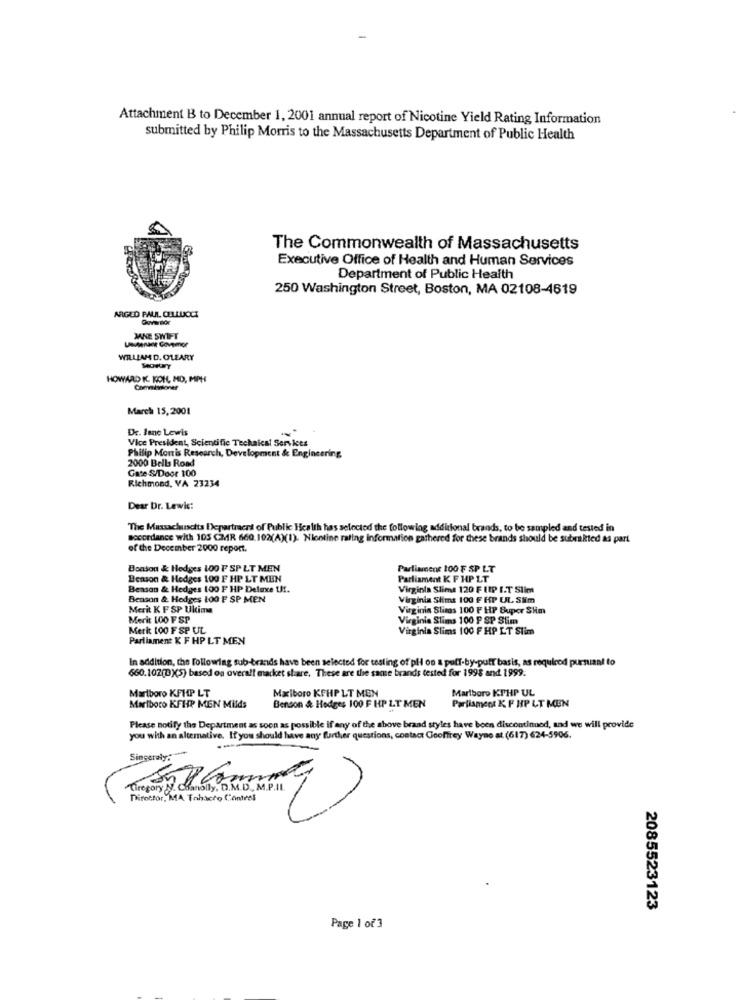
Attachment B to December 1, 2001 annual report of Nicotine Yield Rating Information
submitted by Philip Morris to the Massachusetts Department of Public Health
The Commonwealth of Massachusetts
Executive Office of Health and Human Services
Department of Public Health
250 Washington Street, Boston, MA 02108-4619
ARGLO PAUL CELLUCCI
Oovapor
Un Gongmor
JANE SWIFT
WILLIAM D. OLEARY
HOWARD IC KOHL MO, MPH
Commissioner
March 15,2001
De. lane Lewis
Vice President, Scientific Technical Services
Philip Morris Research, Development & Engineering
2000 Bella Road
Gate S/Door 100
Richmond, VA 23234
Dear Dr. Lewis:
The Massachusetts Departraers of Public Health has selected the following additional brands, to be sampled and tested in
accordance with 105 CMR 660.102(A)(1). Nicotine rating information gathered for these brands should be subrakted as part
of the December 2000 report.
Bonson & Hedges 100 F SP LT MEN
Parliament 100 F SP LT
Benson & Hedges 100 F HP LT MEN
Parliament K. F HP LT
Benson & Hedges 100 F HP Deluxe tH.
Virginia Slime 120 F ETP I.T Slim
Benson & Hedges LO0 F SP MEN
Virginia Stima 100 F KP UL Sim
Merit K F SP Uktime
Virginia Slies 100 F HP Super Slim
Merit 100 FSP
Virginia Slims 100 P SP Stim
Merkt 100 F SP UL
Virginia Slims 100 F HP LT Stim
Parliament K F HP LT MEN
In addition, the following sub-brands have been selected for testing of pli on a puff-by-putt basis, as required pursuant to
660.102(D)(5) based on overall market share. These are the same brands tested for 1998 and 1999.
Marlboro KFHP LT
Marlboro KTHP UL
Maxiboro KFHP LT MEN
Marlboro KFHP MEN Milds
Benson & Hedges 100 F HP LT MEN
Parliament K F HP LT MEN
Please notify the Department as soon as possible if any of the above brand styles have been discontinued, and we will provide
you with an alternative. If you should have any further questions, contact Geoffrey Wayne at (617) 624-5906.
--
Sincerely:
Gregory
Difetfor, MA Tahacro Control
2085523123
Page 1 of 3